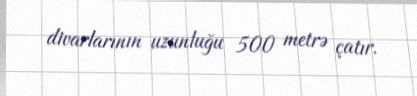
divarlarının uzunluğu 500 metrə çatır.